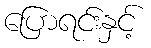
ပြောရင်းနှင့်